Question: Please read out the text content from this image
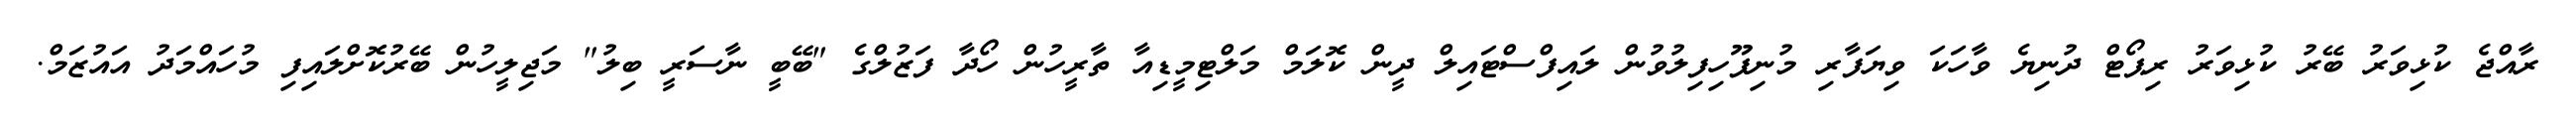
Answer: ރާއްޖެ ކުޅިވަރު ބޭރު ކުޅިވަރު ރިޕޯޓް ދުނިޔެ ވާހަކަ ވިޔަފާރި މުނިފޫހިފިލުވުން ލައިފްސްޓައިލް ދީން ކޮލަމް މަލްޓިމީޑިއާ ތާރީހުން ހޯދާ ފަޒުލްގެ "ބޭބީ ނާސަރީ ބިލު" މަޖިލީހުން ބޭރުކޮށްލައިފި މުހައްމަދު އައުޒަމް.